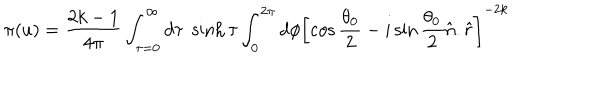
LaTeX: \pi ( u ) = \frac { 2 k - 1 } { 4 \pi } \int _ { \tau = 0 } ^ { \infty } d \tau \; \sinh \tau \int _ { 0 } ^ { 2 \pi } d \phi \left[ \cos \frac { \theta _ { 0 } } { 2 } - i \sin \frac { \theta _ { 0 } } { 2 } \hat { n } . \hat { r } \right] ^ { - 2 k }